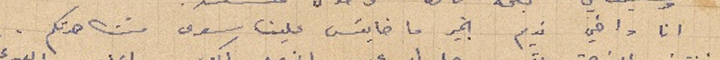
انا واخي نديم بخير ما خايسَ علينا سوى مشاهدتكم.